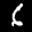
Label: 6